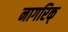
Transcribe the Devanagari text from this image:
नागरिक्